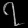
Digit: ၇